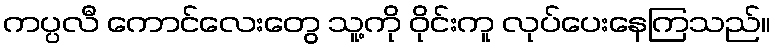
ကပ္ပလီ ကောင်လေးတွေ သူ့ကို ဝိုင်းကူ လုပ်ပေးနေကြသည်။